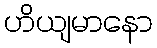
ဟိယျမာနော